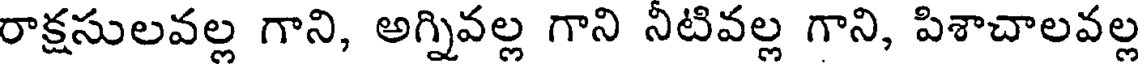
రాక్షసులవల్ల గాని, అగ్నివల్ల గాని నీటివల్ల గాని, పిశాచాలవల్ల